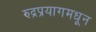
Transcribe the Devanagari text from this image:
रुद्रप्रयागमधून